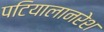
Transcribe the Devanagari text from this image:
पटियालानरेश